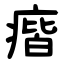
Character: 㾬